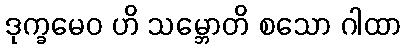
ဒုက္ခမေဝ ဟိ သမ္ဘောတိ စသော ဂါထာ